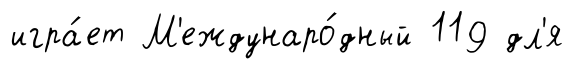
игра́ет М'еждунаро́дный 119 дл'я